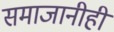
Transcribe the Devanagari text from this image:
समाजानीही